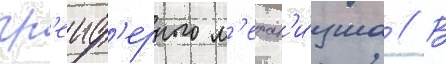
гр'еиф'ерного м'ехан'и́зма // В